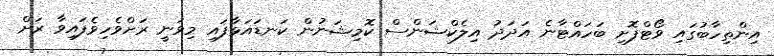
އިންތިހާބުގައި ވޯޓްފޮށި ބަހައްޓާނެ އަދަދު އިލެކްޝަންސް ކޮމިޝަނުން ކަނޑައަޅާފައި މިވަނީ ރަށްވެހިވެފައިވާ ރަށް